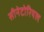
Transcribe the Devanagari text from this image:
सीनेटोरियल